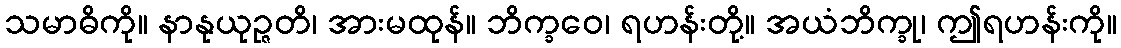
သမာဓိကို။ နာနုယုဉ္ဇတိ၊ အားမထုန်။ ဘိက္ခဝေ၊ ရဟန်းတို့။ အယံဘိက္ခု၊ ဤရဟန်းကို။